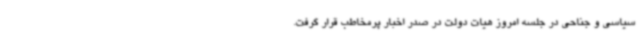
سیاسی و جناحی در جلسه امروز هیات دولت در صدر اخبار پرمخاطب قرار گرفت.